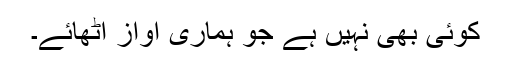
کوئی بھی نہیں ہے جو ہماری آواز اُٹھائے۔